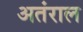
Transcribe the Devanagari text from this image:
अतंराल